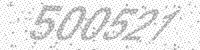
Solution: 500521